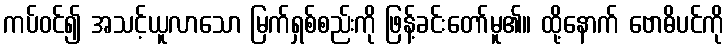
ကပ်ဝင်၍ အသင့်ယူလာသော မြက်ရှစ်စည်းကို ဖြန့်ခင်းတော်မူ၏။ ထို့နောက် ဗောဓိပင်ကို